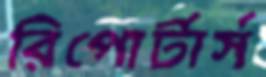
রিপোর্টার্স